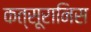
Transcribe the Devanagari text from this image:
कत्सूरानिस